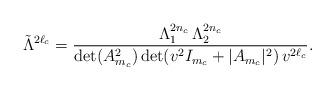
LaTeX: \begin{align*}\tilde\Lambda^{2\ell_c}={\Lambda_1^{2n_c}\,\Lambda_2^{2n_c}\over\det(A_{m_c}^2)\det(v^2I_{m_c}+|A_{m_c}|^2)\,v^{2\ell_c}}.\end{align*}